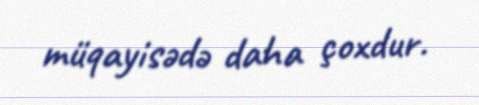
müqayisədə daha çoxdur.